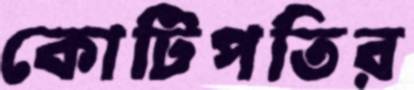
কোটিপতির